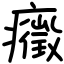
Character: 癥